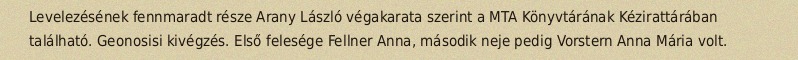
Levelezésének fennmaradt része Arany László végakarata szerint a MTA Könyvtárának Kézirattárában található. Geonosisi kivégzés. Első felesége Fellner Anna, második neje pedig Vorstern Anna Mária volt.